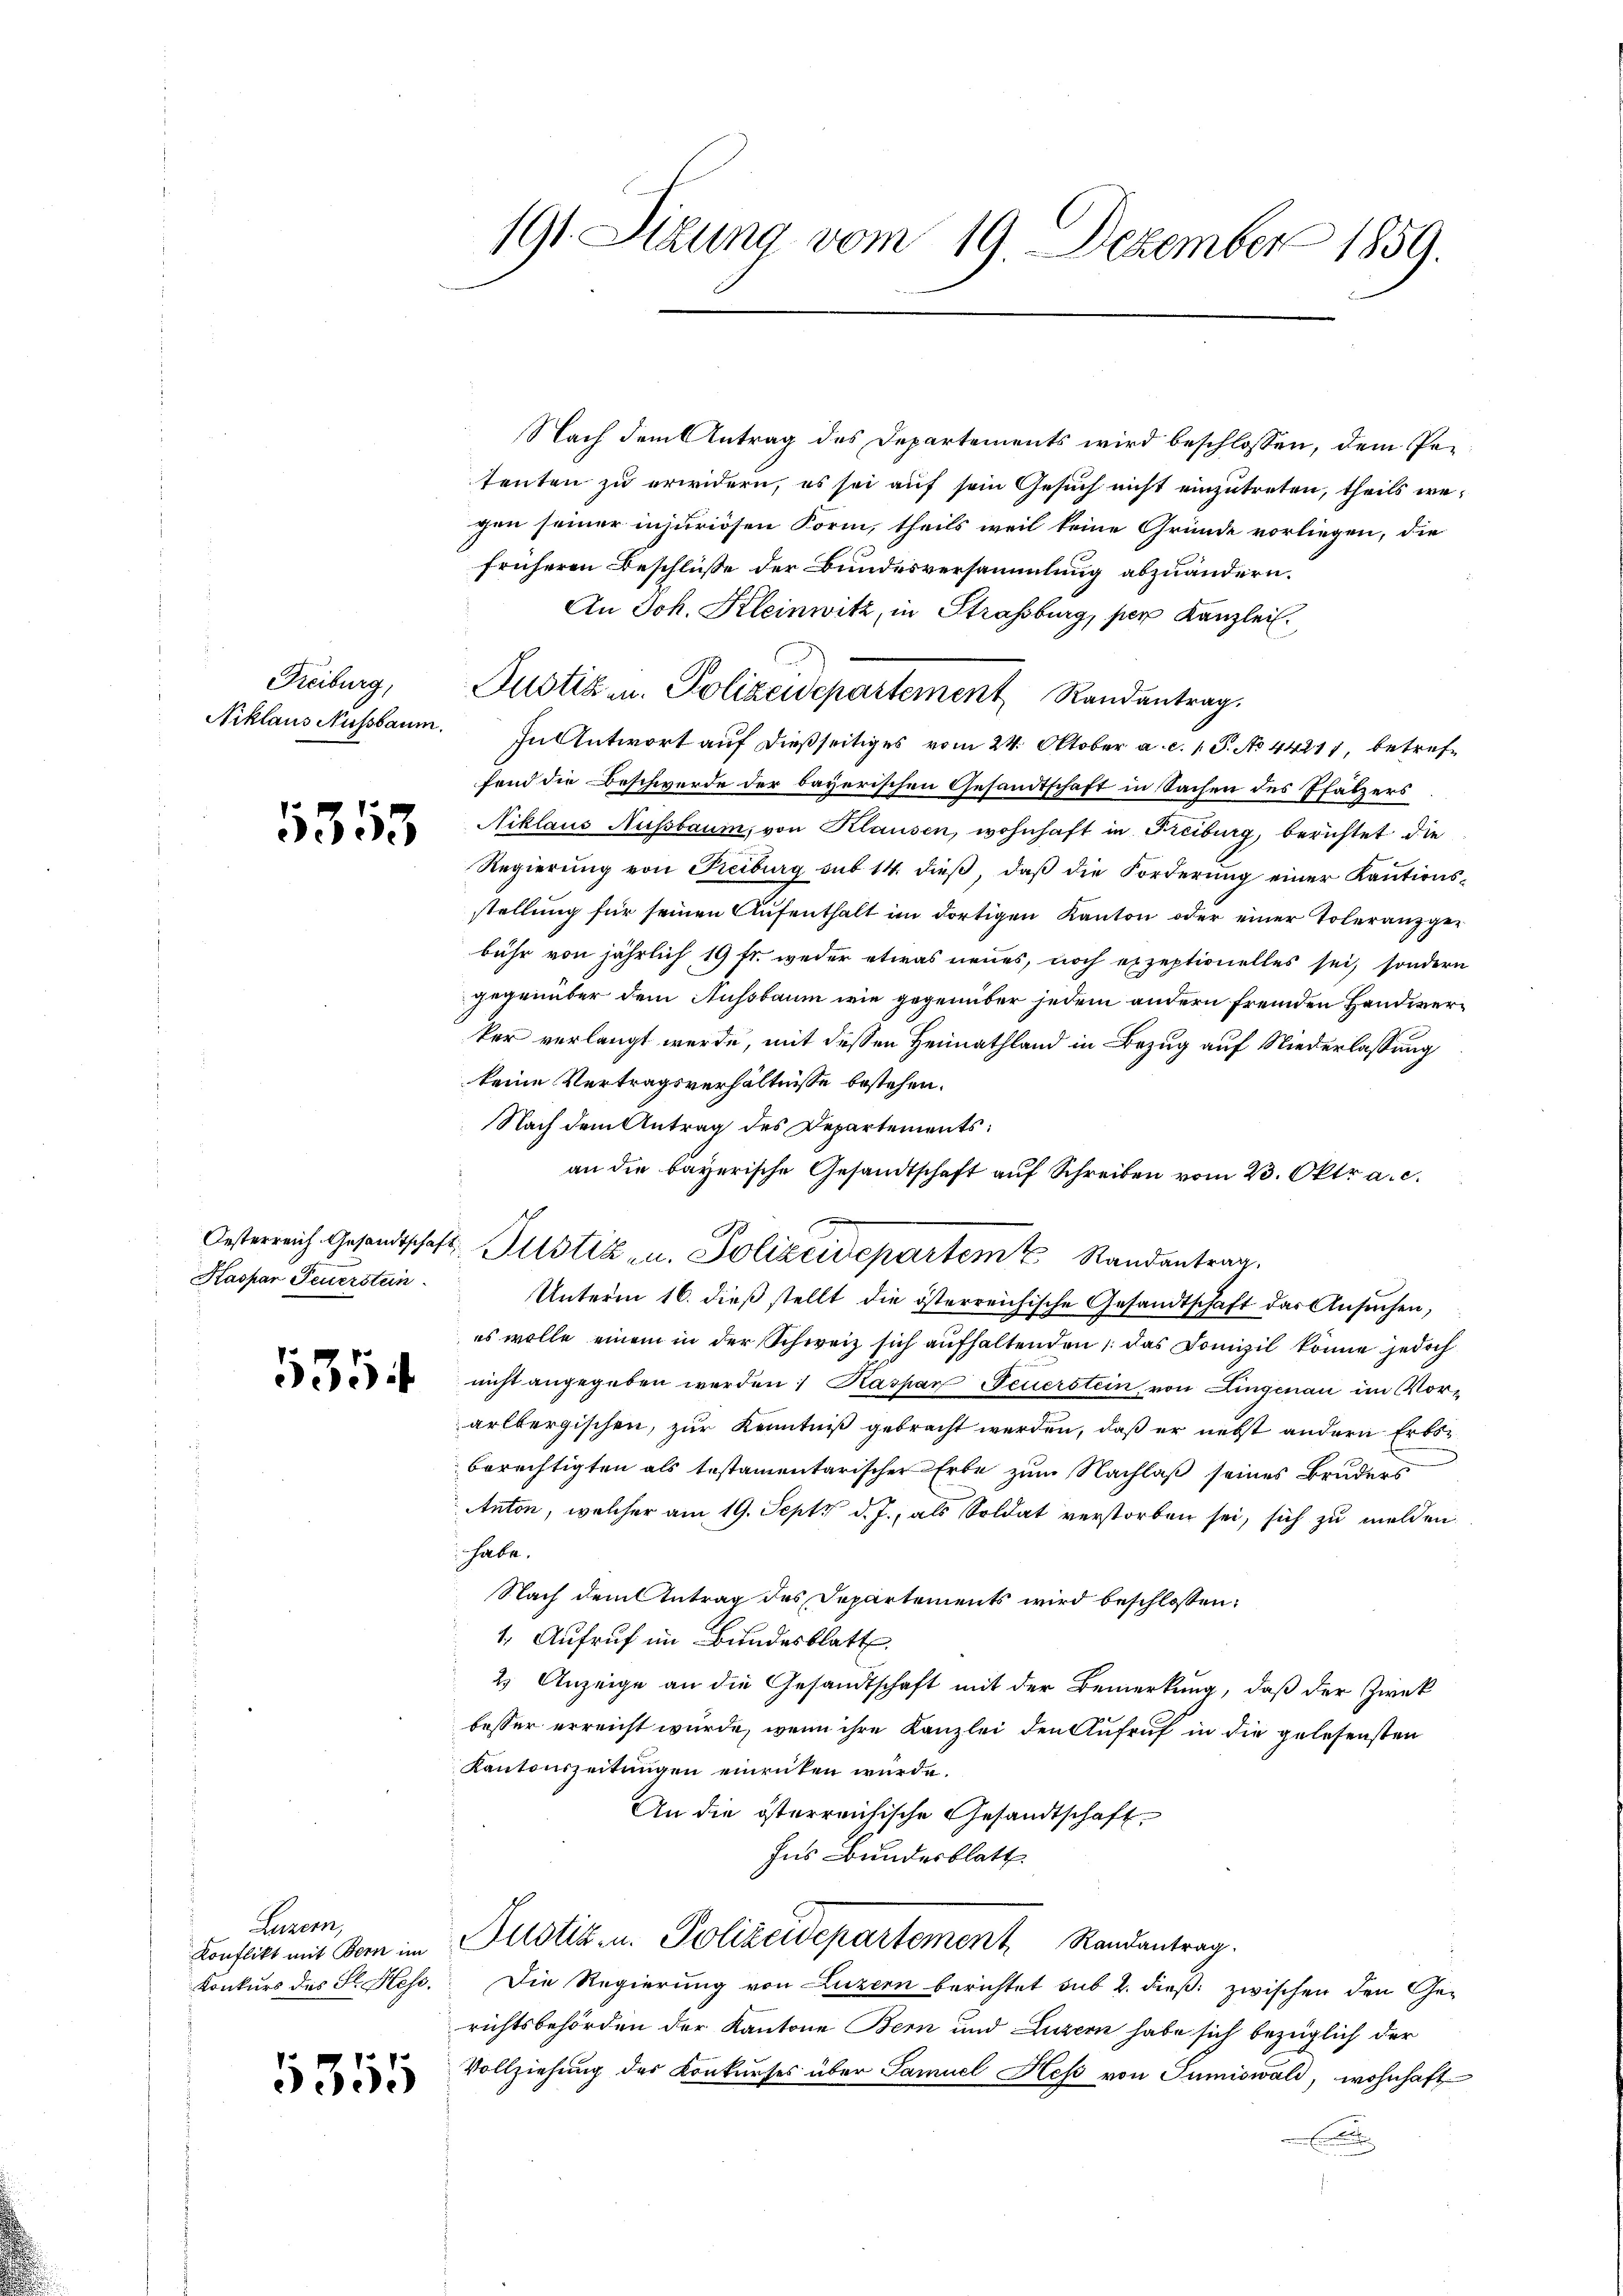
Freiburg,

1353

Kaspar Feuerstein

Luzern,

1355

Nach dem Antrag des Departements wird beschlossen, dem Petenten zu erwidern, es sei auf sein Gesuch nicht einzutreten, theils wegen seiner injuriösen Form, theils weil keine Gründe vorliegen, die
früheren Beschlüße der Bundesversammlung abzuändern.
An Joh. Kleinwitz, in Strassburg, per Kanzlei.
Justiz u. Polizeidepartement Randantrag.
Niklaus Nussbaum. In Antwort auf dießseitiges vom 24. Oktober a. c. 1. P. No 44211, betreffend die Beschwerde der bayerischen Gesandtschaft in Sachen des Pfalzers
Niklaus Nussbaum, von Klausen, wohnhaft in Freiburg, berichtet die
Regierung von Freiburg sub 14. dieß, daß die Forderung einer Kautionsstellung für seinen Aufenthalt im dortigen Kanton oder einer Toleranzgebühr von jährlich 19 fr. weder etwas neues, noch erzeptionelles sei, sondern
gegenüber dem Aussbaum wie gegenüber jedem andern fremden Handwerker verlangt werde, mit dessen Heimathland in Bezug auf Niederlassung
keine Vertragsverhältnisse bestehen.
Nach dem Antrag des Departements:
an die bayerische Gesandtschaft auf Schreiben vom 23. Oktr a.c.
Oesterreich Gesandtschaft Justik u. Polizeidepartem Randantrag,
Unterm 16. dieβ stellt die österreichische Gesandtschaft das Ansŭchen,
es wolle einem in der Schweiz sich aufhaltenden, das Domizil könne jedoch
e nicht angegeben werden / Kaspar Feuerstein, von Lingenau im Vorarlbergischen, zur Kenntniß gebracht werden, daß er nebst andern Erbsberechtigten als testamentarischer Erbe zum Nachlaß seines Bruders
Anton, welcher am 19. Sept d. J., als Soldat verstorben sei, sich zu melden,
habe.
Nach dem Antrag des Departements wird beschlossen:
1. Aufruf im Bundesblatt.
2 Anzeige an die Gesandtschaft mit der Bemerkung, daß der Zwek
besser erreicht wurde, wenn ihre Kanzlei den Aufruf in die gelesensten
Kantonszeitungen einrücken würde.
An die österreichische Gesandtschaft
Ins Bundesblatt.
Konflikt mit Bern im Justiz- u. Polizeidepartement Randantrag.
Konkurs des Hl. Hess. Die Regierung von Luzern berichtet sub 2. dieß zwischen den Gerichtsbehörden der Kantone Bern und Luzern habe sich bezüglich der
Vollziehung des Konkurses über Samuel Hess von Sumiswald, wohnhaft
E

191. Sizung vom 19. Dezember 1859.